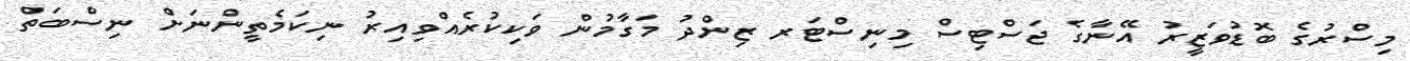
މިސްރުގެ ބޮޑުވަޒީރު އޭނާގެ ޖަސްޓިސް މިނިސްޓަރ ޒިންދު މަގާމުން ވަކިކުރެއްވިއިރު ނިކަމެތީންނަށް ނިސްބަތް